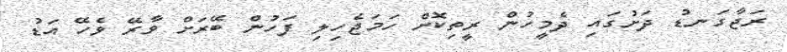
ރަޖާގަނޑު ދަށުގައި ދެމީހުން ރީތިކޮށް ހަމަޖެހިލި ފަހުން ބޭރަށް ވާރޭ ވެހޭ އަޑު